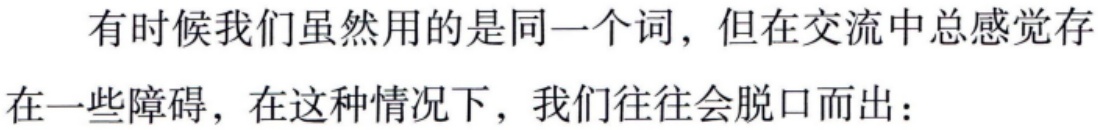
有时候我们虽然用的是同一个词，但在交流中总感觉存在一些障碍，在这种情况下，我们往往会脱口而出：